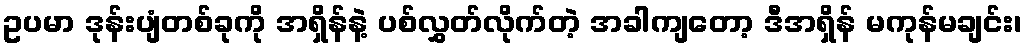
ဥပမာ ဒုန်းပျံတစ်ခုကို အရှိန်နဲ့ ပစ်လွှတ်လိုက်တဲ့ အခါကျတော့ ဒီအရှိန် မကုန်မချင်း၊